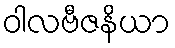
ဝါလဗီဇနိယာ